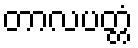
တာလပတ္တံ